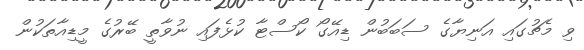
ވި މެޗުގައި އަނިޔާގެ ސަބަބުން ޑިއޭގޯ ކޯސްޓާ ކުޅެފައި ނުވާތީ ބޭރުގެ މީޑިއާތަކުން